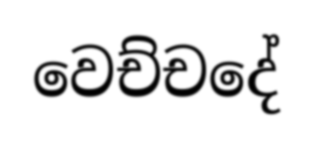
වෙච්චදේ